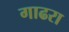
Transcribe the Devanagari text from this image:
गाढरा